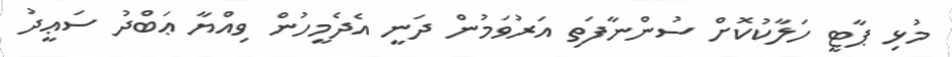
މުޅި ޕާޓީ ހަލާކުކޮށް ސުންނާފަތި އަރުވަމުން ދަނީ އެދެމީހުން ވިއްޔާ ޢަބްދު ސަޢީދު